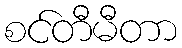
စင်တီမီတာ